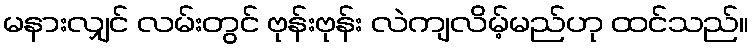
မနားလျှင် လမ်းတွင် ဗုန်းဗုန်း လဲကျလိမ့်မည်ဟု ထင်သည်။